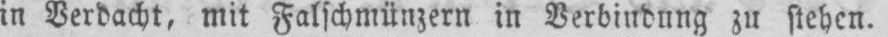
in Verdacht, mit Falschmünzern in Verbindung zu stehen.